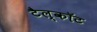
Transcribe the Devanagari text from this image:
टैल्कॉट